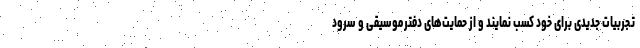
تجربیات جدیدی برای خود کسب نمایند و از حمایت‌های دفترموسیقی و سرود